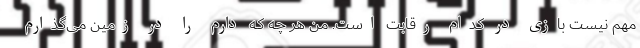
مهم نیست بازی در کدام رقابت است. من هر چه که دارم را در زمین می‌گذارم